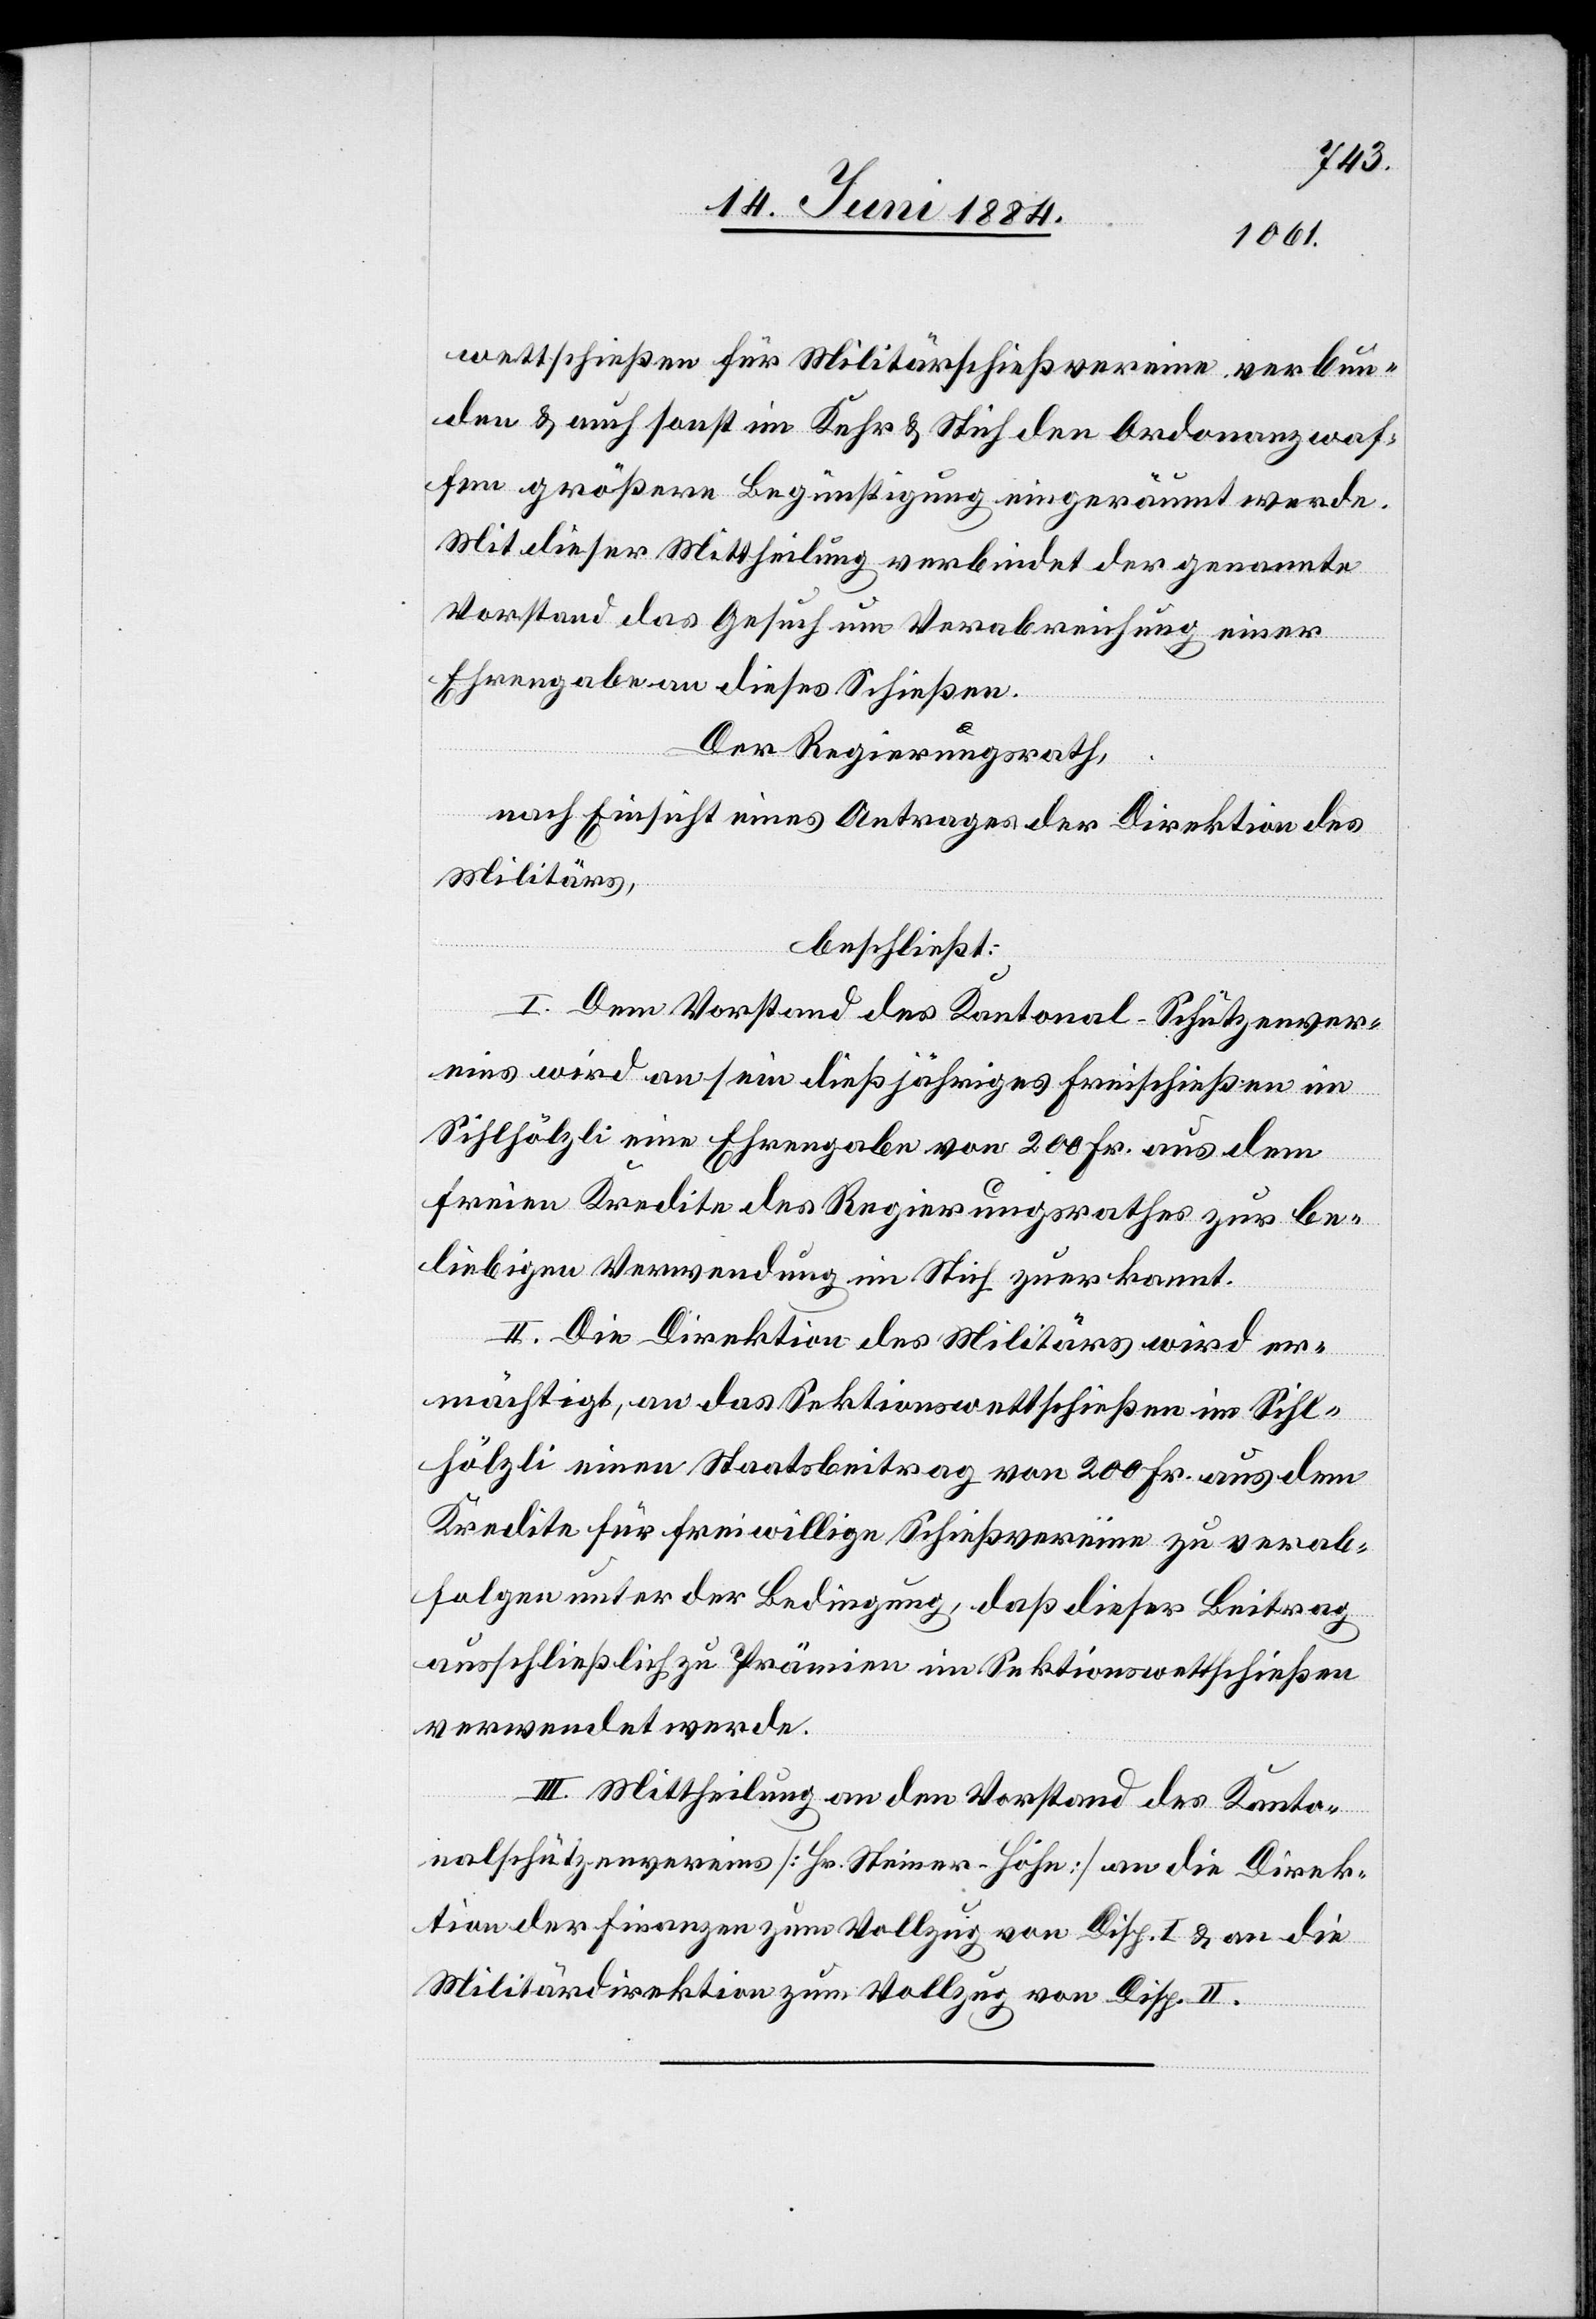
wettschießen für Militärschießvereine verbun¬
den & auch sonst im Kehr & Stich den Ordonanzwaf¬
fen größere Begünstigung eingeräumt werde.
Mit dieser Mittheilung verbindet der genannte
Vorstand das Gesuch um Verabreichung einer
Ehrengabe an dieses Schießen.
Der Regierungsrath,
nach Einsicht eines Antrages der Direktion des
Militärs,
beschließt:
I. Dem Vorstand des Kantonal-Schützenver¬
eins wird an sein dießjähriges Freischießen im
Sihlhölzli eine Ehrengabe von 200 Fr. aus dem
freien Kredite des Regierungsrathes zur be¬
liebigen Verwendung im Stich zuerkannt.
II. Die Direktion des Militärs wird er¬
mächtigt, an das Sektionsschießen im Sihl¬
hölzli einen Staatsbeitrag von 200 Fr. aus dem
Kredite für freiwillige Schießvereine zu verab¬
folgen unter der Bedingung, daß dieser Beitrag
ausschließlich zu Prämien im Sektionswettschießen
verwendet werde.
III. Mittheilung an den Vorstand des Kanto¬
nalschützenvereins [Hr. Steiner-Höhe] an die Direk¬
tion der Finanzen zum Vollzug von Disp. I & an die
Militärdirektion zum Vollzug von Disp. II.